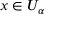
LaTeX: x \in U _ { \alpha }